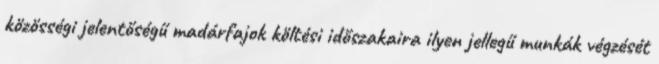
közösségi jelentőségű madárfajok költési időszakaira ilyen jellegű munkák végzését